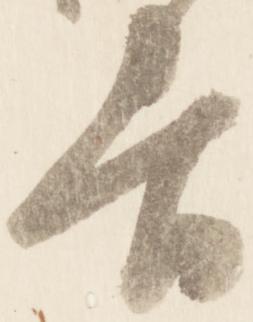
吉